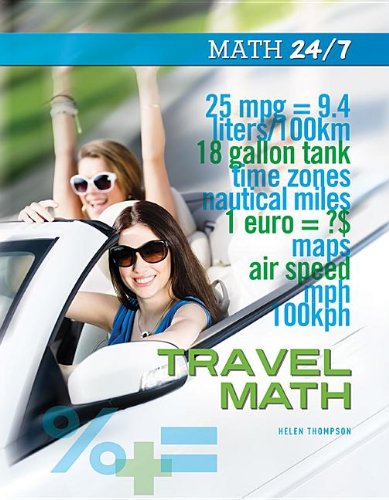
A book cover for Travel Math (Math 24/7); Helen Thompson; Teen & Young Adult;